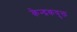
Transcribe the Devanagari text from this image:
केन्द्रकयुक्त